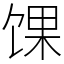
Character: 馃